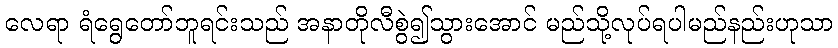
လေရာ ရံရွေတော်ဘူရင်းသည် အနာတိုလီစွဲ၍သွားအောင် မည်သို့လုပ်ရပါမည်နည်းဟုသာ